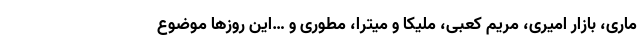
ماری، بازار امیری، مریم کعبی، ملیکا و میترا، مطوری و …این روزها موضوع